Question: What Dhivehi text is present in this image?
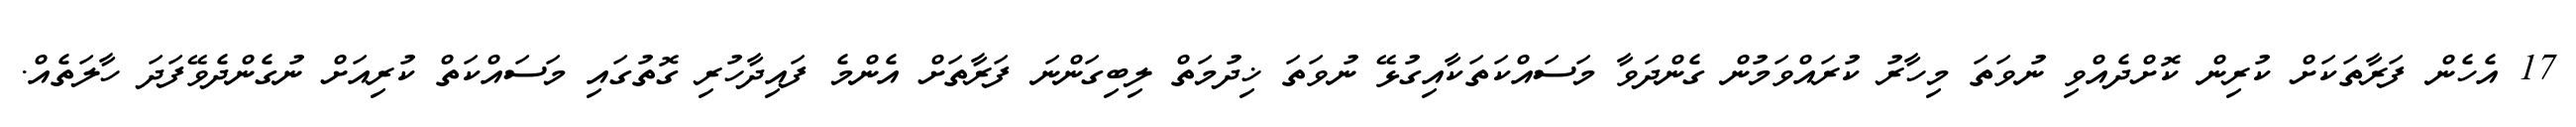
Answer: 17 އެހެން ފަރާތަކަށް ކުރިން ކޮށްދެއްވި ނުވަތަ މިހާރު ކުރައްވަމުން ގެންދަވާ މަސައްކަތަކާއިގުޅޭ ނުވަތަ ޚިދުމަތް ލިބިގަންނަ ފަރާތަށް އެންމެ ފައިދާހުރި ގޮތުގައި މަސައްކަތް ކުރިއަށް ނުގެންދެވޭފަދަ ހާލަތެއް.